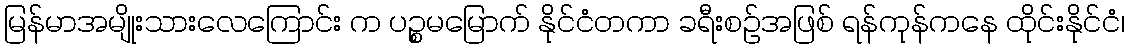
မြန်မာအမျိုးသားလေကြောင်း က ပဉ္စမမြောက် နိုင်ငံတကာ ခရီးစဉ်အဖြစ် ရန်ကုန်ကနေ ထိုင်းနိုင်ငံ၊